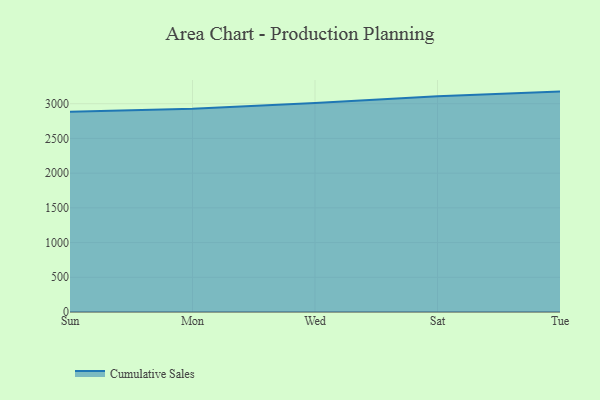
{"axis": {"x": "Day", "y": "Page Views"}, "legend": ["Cumulative Sales"], "data": [{"x": "Sun", "y": 2884.2, "type": "Cumulative Sales"}, {"x": "Mon", "y": 2926.9, "type": "Cumulative Sales"}, {"x": "Wed", "y": 3009.9, "type": "Cumulative Sales"}, {"x": "Sat", "y": 3105.6, "type": "Cumulative Sales"}, {"x": "Tue", "y": 3174.3, "type": "Cumulative Sales"}]}